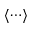
\langle \cdots \rangle